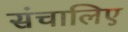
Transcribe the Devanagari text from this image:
संचालिए